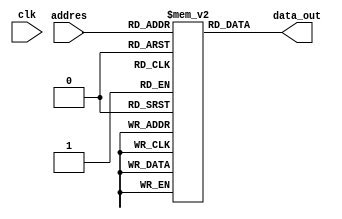
module mem_inst(	
	input clk,
	input  [9:0] addres,
	output [31:0] data_out);
	
  
	reg [31:0] mem [0:1023];
	
		
	always@(*)
		begin
			
		end
	
	assign data_out = mem[addres];
	
endmodule